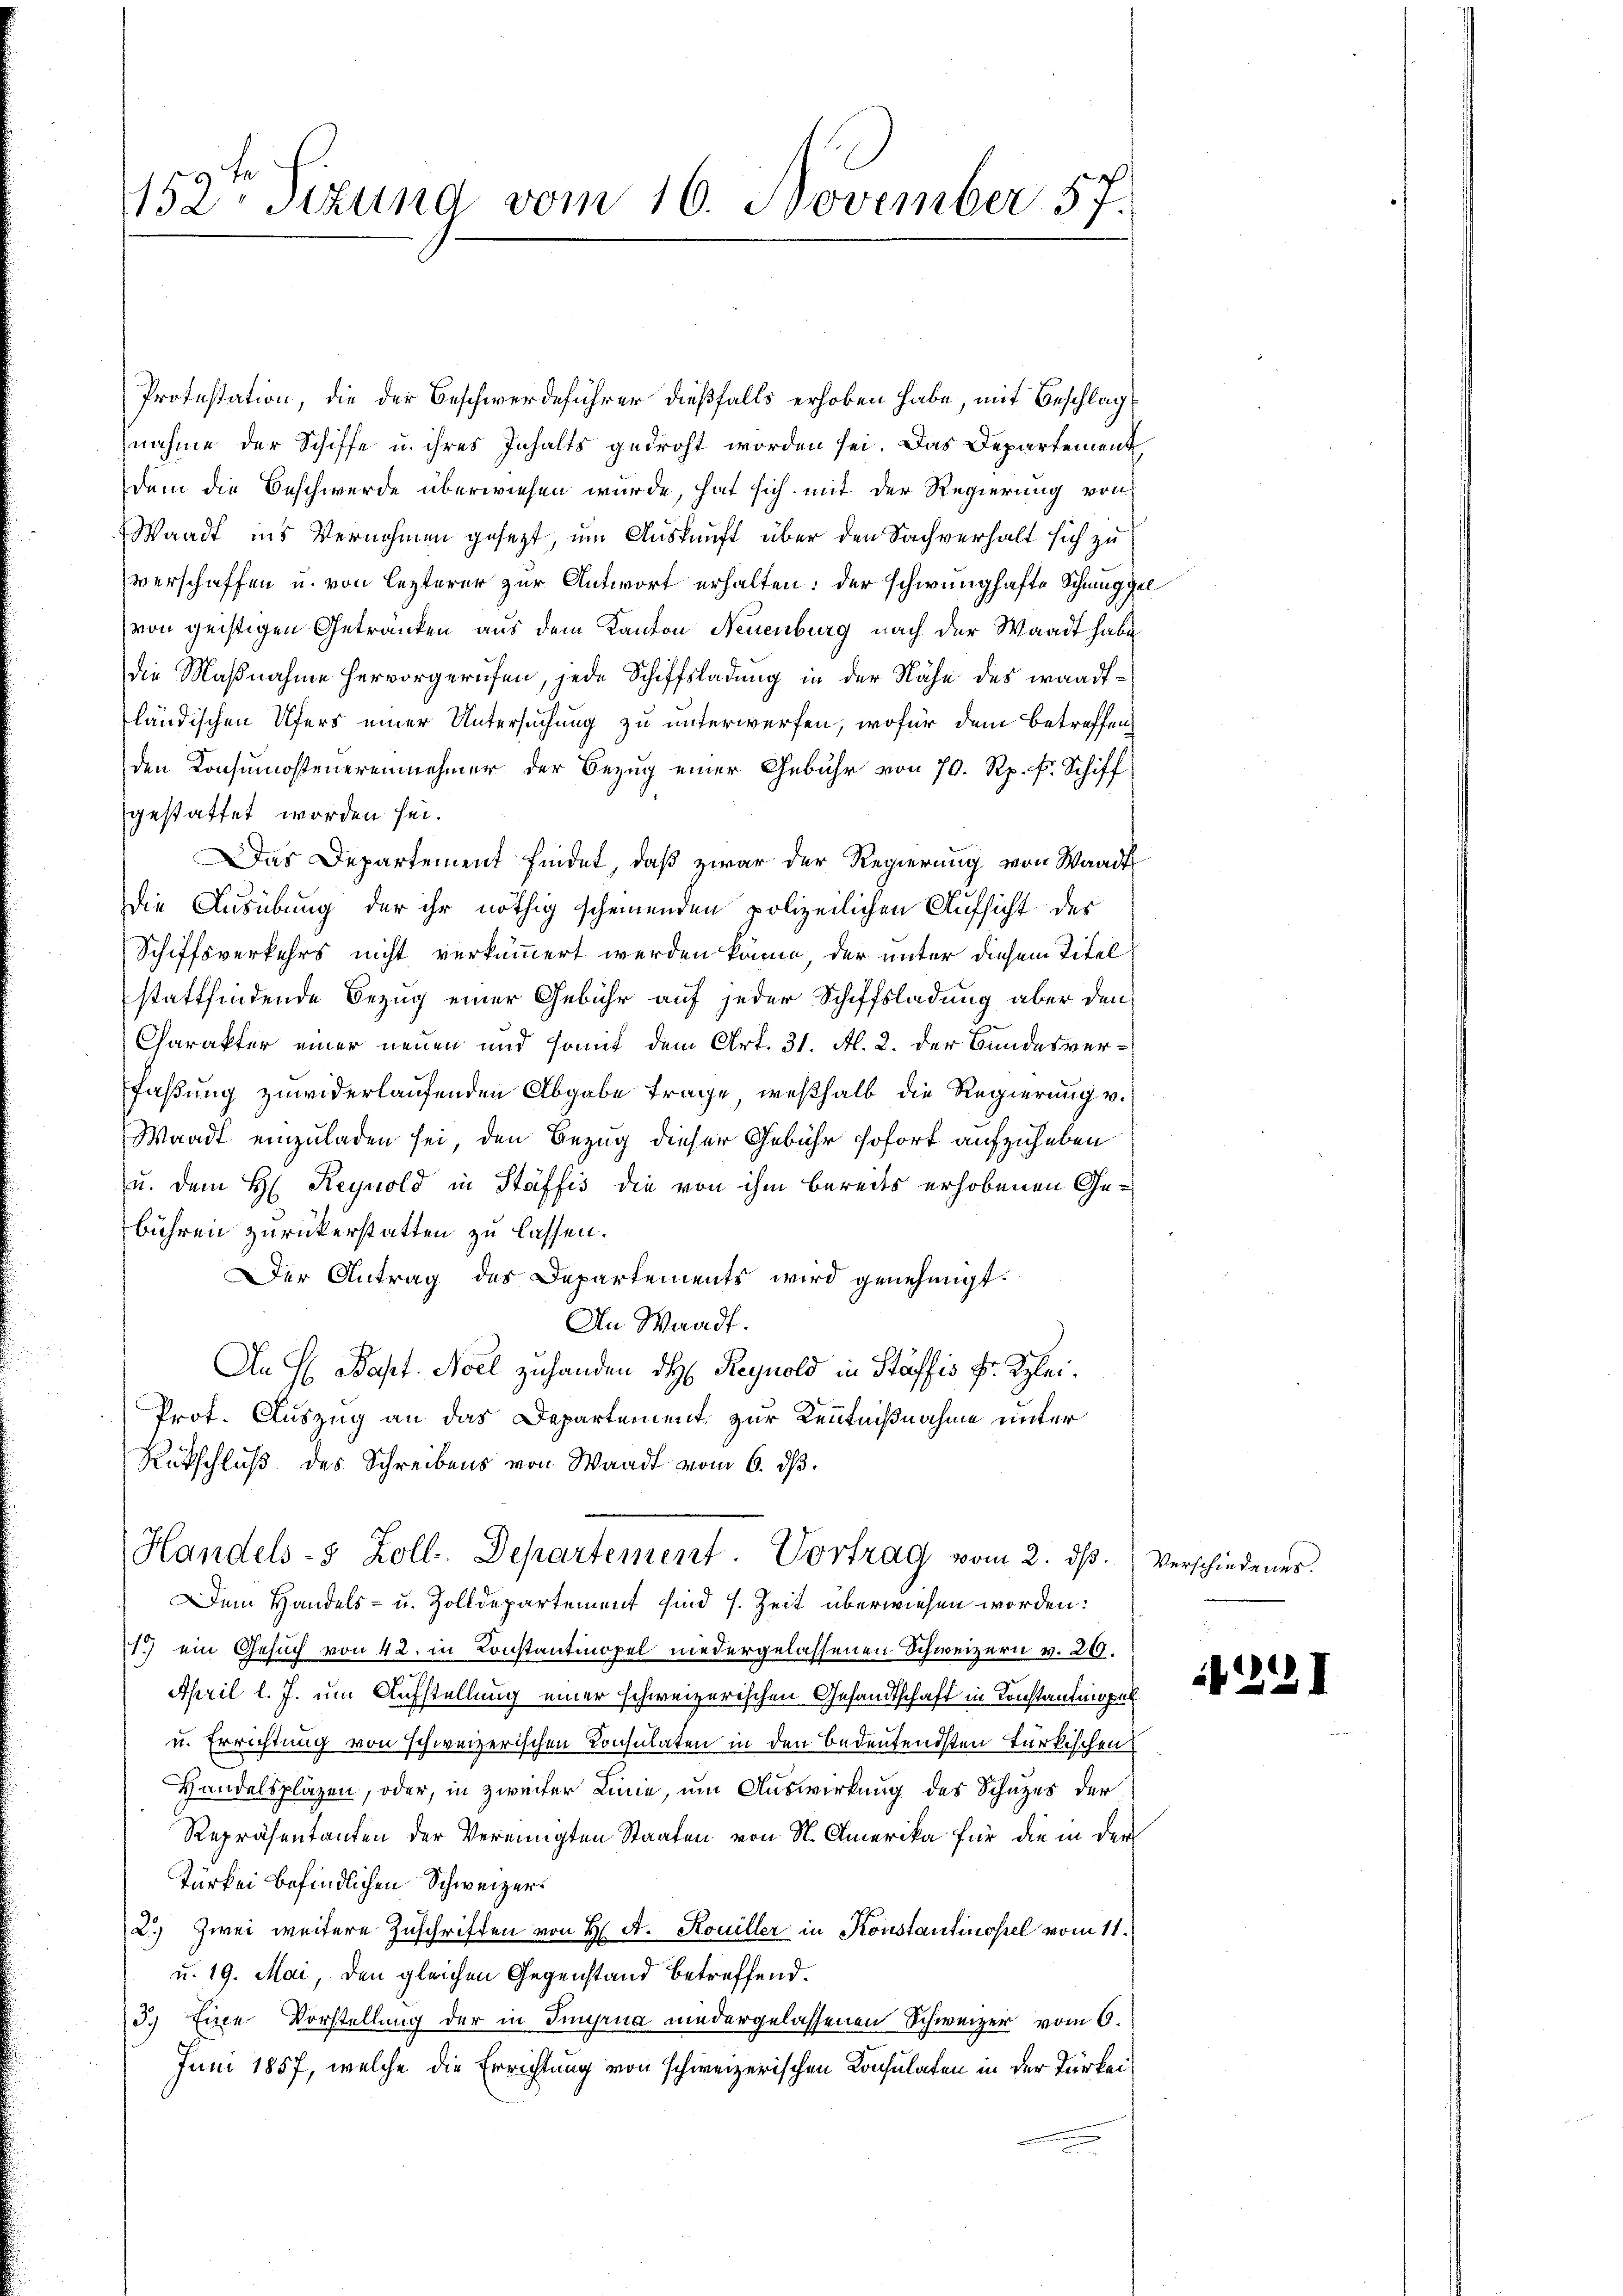
152. Sizung vom 16. November 57.

Protestation, die der Beschwerdeführer dießfalls erhoben habe, mit Beschlag
nahme der Schiffe u. ihres Inhalts gedroht worden sei. Das Departement
dem die Beschwerde überwiesen wurde, hat sich mit der Regierung von
Waadt ins Vernehmen gesezt, um Auskauft über den Sachverhalt sich zu
verschaffen u. von lezterer zur Antwort erhalten; der schwunghafte Schmuggel
von geistigen Getranken aus dem Kanton Neuenburg nach der Waadt habe
die Maßnahme hervorgerufen, jede Schiffsladung in der Nähe des waadtländischen Ufers einer Untersuchung zu unterwerfen, wofür dem Betreffen
den Konsumostenereinnehmer der Bezug einer Gebühr von 70. Rp. f. Schiff
gestattet worden sei.
Das Departement findet, daß zwar der Regierung von Waadt
Die Ausübung der ihr nöthig scheinenden polizeilichen Aufsicht der
Schiffsverkehrs nicht verkümmert werden könne, der unter diesem Titel
stattfindende Bezug einer Gebühr auf jeder Schiffsladung aber den
Charakter einer neuen und somit dem Art. 31. Al. 2. der Bundesverfaßung zuwiderlaufenden Abgabe Frage, weßhalb die Regierung v.
Waadt einzuladen sei, den Bezug dieser Gebühr sofort aufzuheben
u. dem H: Reynold in Stäffis die von ihm bereits erhobenen Gebühren zurückerstatten zu lassen.
Der Antrag des Departements wird genehmigt.
An Waadt.
An H. Bapt. Moel zuhanden dh Reynold in Stäffis Fr. Klei¬
Prot. Auszug an das Departement zur Kenntnißnahme unter
Rütschluß des Schreibens von Waadt vom 6. ds.
Handels-5 Zoll. Departement. Vortrag vom 2. dβ. Verschiedenes.
Dem Handels- u. Zolldepartement sind s. Zeit überwiesen worden:
11.) ein Gesuch von 42. in Konstantinopel niedergelassenen Schweizern v. 29.
April l. J. um Aufstellung einer schweizerischen Gesandtschaft in Konstantmopal
u. Errichtung von schweizerischen Consulaten in den Bedeutendsten türkischen
Handelspläzen, oder, in zweifer Linie, um Auswirkung des Schutzes der
Repräsentanten der Vereinigten Staaten von St. Amerika für die in der
Türkei befindlichen Schweizer¬
2.) Zwei weitere Zuschriften von H. A. Kouiller in Konstantinopel vom 11.
u. 19. Mai, den gleichen Gegenstand betreffend.
3.) Eine Vorstellung der in Ingrua niedergelassenen Schweizer vom 6.
Juni 1857, welche die Errichtung von schweizerischen Konsulaten in der Türkei¬

22I